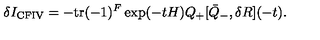
\delta I _ { \mathrm { C F I V } } = - \mathrm { t r } ( - 1 ) ^ { F } \exp ( - t H ) Q _ { + } [ \bar { Q } _ { - } , \delta R ] ( - t ) .